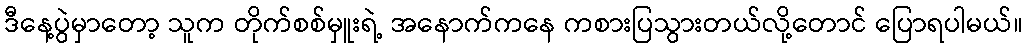
ဒီနေ့ပွဲမှာတော့ သူက တိုက်စစ်မှူးရဲ့ အနောက်ကနေ ကစားပြသွားတယ်လို့တောင် ပြောရပါမယ်။